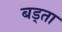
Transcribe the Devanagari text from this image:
बड्ता